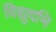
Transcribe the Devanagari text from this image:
विद्युदभि